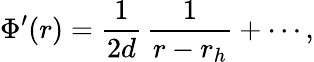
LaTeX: \Phi^{\prime}(r)={\frac{1}{2d}}\, {\frac{1}{r-r_{h}}}+\cdots,